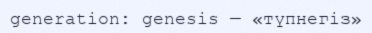
generation: genesis — «түпнегіз»